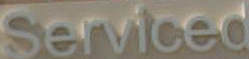
Serviced